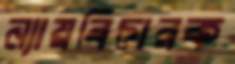
ন্যায়বিচারক